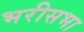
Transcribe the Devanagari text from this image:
भरीसभा